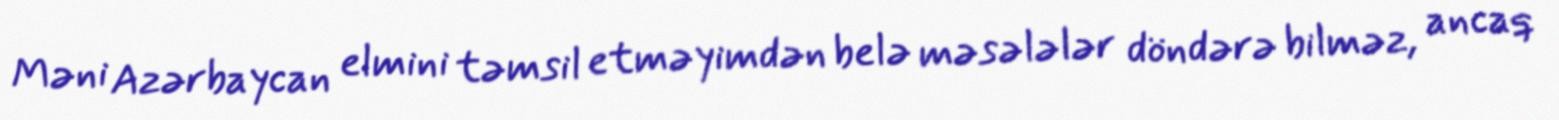
Məni Azərbaycan elmini təmsil etməyimdən belə məsələlər döndərə bilməz, ancaq